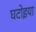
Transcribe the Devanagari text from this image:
घटोइया